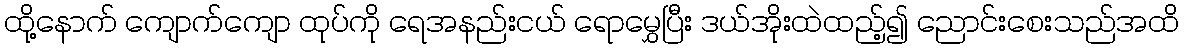
ထို့နောက် ကျောက်ကျော ထုပ်ကို ရေအနည်းငယ် ရောမွှေပြီး ဒယ်အိုးထဲထည့်၍ ညောင်းစေးသည်အထိ